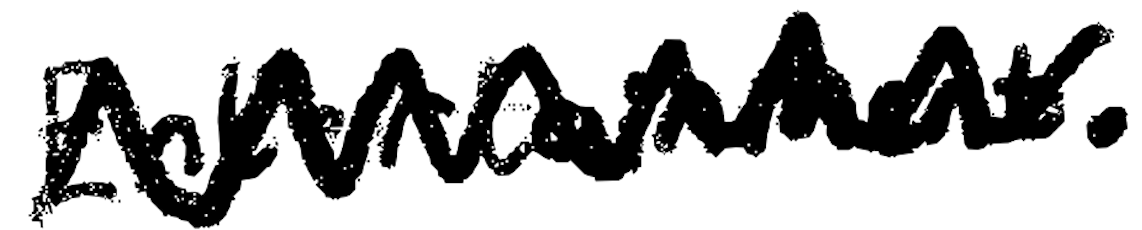
Text: Entertainment.
Cross-out: zig-zag
Writing tool: digital_black